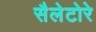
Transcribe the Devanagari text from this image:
सैलेटोरे